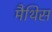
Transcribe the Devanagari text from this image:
मैथिस